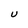
Character: u